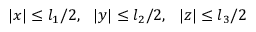
| x | \le l _ { 1 } / 2 , \ \ | y | \le l _ { 2 } / 2 , \ \ | z | \le l _ { 3 } / 2